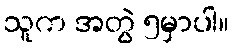
သူက အတွဲ ၅မှာပါ။